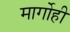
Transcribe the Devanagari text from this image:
मार्गोही